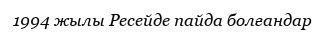
1994 жылы Ресейде пайда болғандар